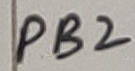
Text: PB2